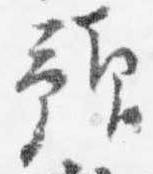
預